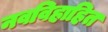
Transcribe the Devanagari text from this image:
नवविहाहित